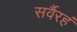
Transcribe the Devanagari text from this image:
सर्वैरहं